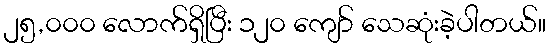
၂၅,၀၀၀ လောက်ရှိပြီး ၁၂၀ ကျော် သေဆုံးခဲ့ပါတယ်။